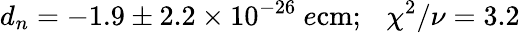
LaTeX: d_{n}=-1.9\pm 2.2\times 10^{-26}\ e\mathrm{cm};\ \ \ \chi^{2}/\nu=3.2